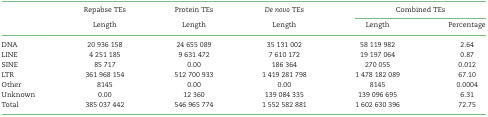
<table><thead><tr><td></td><td><b>Repabse TEs</b></td><td><b>Protein TEs</b></td><td><b><i>De novo</i> TEs</b></td><td colspan="2"><b>Combined TEs</b></td></tr><tr><td></td><td><b>Length</b></td><td><b>Length</b></td><td><b>Length</b></td><td><b>Length</b></td><td><b>Percentage</b></td></tr></thead><tbody><tr><td>DNA</td><td>20 936 158</td><td>24 655 089</td><td>35 131 002</td><td>58 119 982</td><td>2.64</td></tr><tr><td>LINE</td><td>4 251 185</td><td>9 631 472</td><td>7 610 172</td><td>19 197 064</td><td>0.87</td></tr><tr><td>SINE</td><td>85 717</td><td>0.00</td><td>186 364</td><td>270 055</td><td>0.012</td></tr><tr><td>LTR</td><td>361 968 154</td><td>512 700 933</td><td>1 419 281 798</td><td>1 478 182 089</td><td>67.10</td></tr><tr><td>Other</td><td>8145</td><td>0.00</td><td>0.00</td><td>8145</td><td>0.0004</td></tr><tr><td>Unknown</td><td>0.00</td><td>12 360</td><td>139 084 335</td><td>139 096 695</td><td>6.31</td></tr><tr><td>Total</td><td>385 037 442</td><td>546 965 774</td><td>1 552 582 881</td><td>1 602 630 396</td><td>72.75</td></tr></tbody></table>